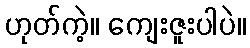
ဟုတ်ကဲ့။ ကျေးဇူးပါပဲ။